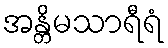
အန္တိမသာရီရံ